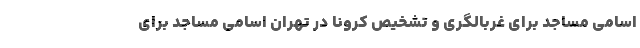
اسامی مساجد برای غربالگری و تشخیص کرونا در تهران اسامی مساجد برای